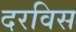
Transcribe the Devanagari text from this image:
दरविस